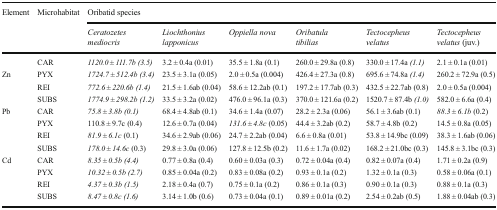
<table><thead><tr><td rowspan="2"><b>Element</b></td><td rowspan="2"><b>Microhabitat</b></td><td colspan="6"><b>Oribatid species</b></td></tr><tr><td><b><i>Ceratozetes mediocris</i></b></td><td><b><i>Liochthonius lapponicus</i></b></td><td><b><i>Oppiella nova</i></b></td><td><b><i>Oribatula tibilias</i></b></td><td><b><i>Tectocepheus velatus</i></b></td><td><b><i>Tectocepheus velatus</i> (juv.)</b></td></tr></thead><tbody><tr><td></td><td>CAR</td><td><i>1120.0 ± 111.7b (3.5)</i></td><td>3.2 ± 0.4a (0.01)</td><td>35.5 ± 1.8a (0.1)</td><td>260.0 ± 29.8a (0.8)</td><td>330.0 ± 17.4a <i>(1.1)</i></td><td>2.1 ± 0.1a (0.01)</td></tr><tr><td rowspan="3">Zn</td><td>PYX</td><td><i>1724.7 ± 512.4b (3.4)</i></td><td>23.5 ± 3.1a (0.05)</td><td>2.0 ± 0.5a (0.004)</td><td>426.4 ± 27.3a (0.8)</td><td>695.6 ± 74.8a <i>(1.4)</i></td><td>260.2 ± 72.9a (0.5)</td></tr><tr><td>REI</td><td><i>772.6 ± 220.6b (1.4)</i></td><td>21.5 ± 1.6ab (0.04)</td><td>58.6 ± 12.2ab (0.1)</td><td>197.2 ± 17.7ab (0.3)</td><td>432.5 ± 22.7ab (0.8)</td><td>2.0 ± 0.5a (0.004)</td></tr><tr><td>SUBS</td><td><i>1774.9 ± 298.2b (1.2)</i></td><td>33.5 ± 3.2a (0.02)</td><td>476.0 ± 96.1a (0.3)</td><td>370.0 ± 121.6a (0.2)</td><td>1520.7 ± 87.4b <i>(1.0)</i></td><td>582.0 ± 6.6a (0.4)</td></tr><tr><td rowspan="4">Pb</td><td>CAR</td><td><i>75.8 ± 3.8b (0.1)</i></td><td>68.4 ± 4.8ab (0.1)</td><td>34.6 ± 1.4a (0.07)</td><td>28.2 ± 2.3a (0.06)</td><td>56.1 ± 3.6ab (0.1)</td><td><i>88.3 ± 6.1b</i> (0.2)</td></tr><tr><td>PYX</td><td>110.8 ± 9.7c (0.4)</td><td>12.6 ± 0.7a (0.04)</td><td><i>131.6 ± 4.8c</i> (0.05)</td><td>44.4 ± 3.2ab (0.2)</td><td>58.7 ± 4.8b (0.2)</td><td>14.5 ± 0.8a (0.05)</td></tr><tr><td>REI</td><td><i>81.9 ± 6.1c</i> (0.1)</td><td>34.6 ± 2.9ab (0.06)</td><td>24.7 ± 2.2ab (0.04)</td><td>6.6 ± 0.8a (0.01)</td><td>53.8 ± 14.9bc (0.09)</td><td>38.3 ± 1.6ab (0.06)</td></tr><tr><td>SUBS</td><td><i>178.0 ± 14.6c</i> (0.3)</td><td>29.8 ± 3.0a (0.06)</td><td>127.8 ± 12.5b (0.2)</td><td>11.6 ± 1.7a (0.02)</td><td>168.2 ± 21.0bc (0.3)</td><td>145.8 ± 3.1bc (0.3)</td></tr><tr><td rowspan="4">Cd</td><td>CAR</td><td><i>8.35 ± 0.5b (4.4)</i></td><td>0.77 ± 0.8a (0.4)</td><td>0.60 ± 0.03a (0.3)</td><td>0.72 ± 0.04a (0.4)</td><td>0.82 ± 0.07a (0.4)</td><td>1.71 ± 0.2a (0.9)</td></tr><tr><td>PYX</td><td><i>10.32 ± 0.5b (2.7)</i></td><td>0.85 ± 0.04a (0.2)</td><td>0.83 ± 0.08a (0.2)</td><td>0.93 ± 0.1a (0.2)</td><td>1.32 ± 0.1a (0.3)</td><td>0.58 ± 0.06a (0.1)</td></tr><tr><td>REI</td><td><i>4.37 ± 0.3b (1.5)</i></td><td>2.18 ± 0.4a (0.7)</td><td>0.75 ± 0.1a (0.2)</td><td>0.86 ± 0.1a (0.3)</td><td>0.90 ± 0.1a (0.3)</td><td>0.88 ± 0.1a (0.3)</td></tr><tr><td>SUBS</td><td><i>8.47 ± 0.8c (1.6)</i></td><td>3.14 ± 1.0b (0.6)</td><td>0.73 ± 0.04a (0.1)</td><td>0.89 ± 0.01a (0.2)</td><td>2.54 ± 0.2ab (0.5)</td><td>1.88 ± 0.04ab (0.3)</td></tr></tbody></table>